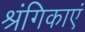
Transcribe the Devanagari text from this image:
श्रंगिकाएं